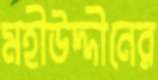
মহীউদ্দীনের